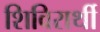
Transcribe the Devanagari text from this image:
शिविरार्थी